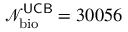
\mathcal { N } _ { \mathrm { b i o } } ^ { \sf U C B } = 3 0 0 5 6